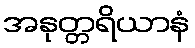
အနုတ္တရိယာနံ